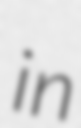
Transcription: in